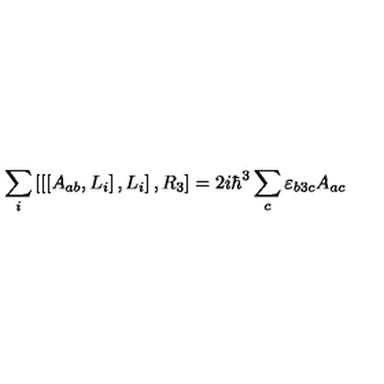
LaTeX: \sum _ { i } \left[ \left[ \left[ A _ { a b } , L _ { i } \right] , L _ { i } \right] , R _ { 3 } \right] = 2 i \hbar ^ { 3 } \sum _ { c } \varepsilon _ { b 3 c } A _ { a c }